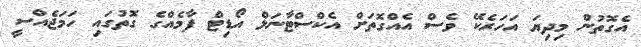
އެގޮތުން މިދިޔަ އަހަރެކޭ ވެސް އެއްގޮތަށް އެކްސްޓާނަލް އޯޑިޓް ފާމެއްގެ ގޮތުގައި ހަމަޖެއްސީ